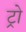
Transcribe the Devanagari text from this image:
ट्रो